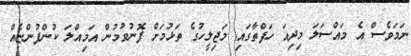
ނަމަވެސް އެ މައްސަލަ މިދިއަ ހަފްތާގައި މަޖިލީހުގެ ތަޅުމަށް ފޮނުވުމުން އަމިއްލަ ކުންފުންޏެއް